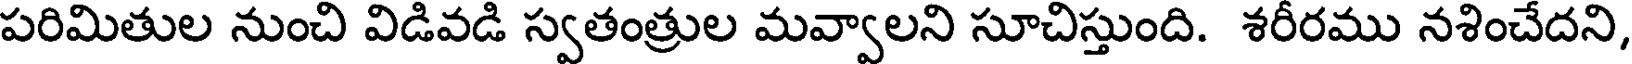
పరిమితుల నుంచి విడివడి స్వతంత్రుల మవ్వాలని సూచిస్తుంది. శరీరము నశించేదని,